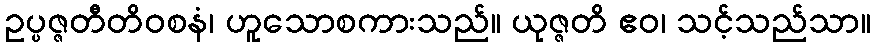
ဥပ္ပဇ္ဇတီတိဝစနံ၊ ဟူသောစကားသည်။ ယုဇ္ဇတိ ဧဝ၊ သင့်သည်သာ။